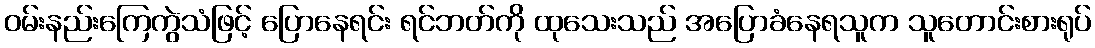
ဝမ်းနည်းကြေကွဲသံဖြင့် ပြောနေရင်း ရင်ဘတ်ကို ထုသေးသည် အပြောခံနေရသူက သူတောင်းစားရုပ်